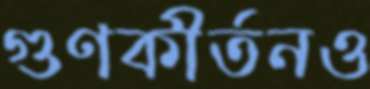
গুণকীর্তনও